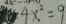
4 x ^ { 2 } = 9